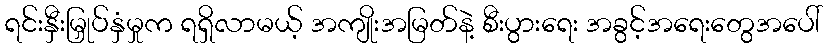
ရင်းနှီးမြှုပ်နှံမှုက ရရှိလာမယ့် အကျိုးအမြတ်နဲ့ စီးပွားရေး အခွင့်အရေးတွေအပေါ်